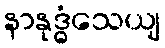
နာနုဒ္ဓံသေယျ